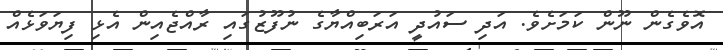
އޮވެގެން ނޫން ކަމަށެވެ. އަދި ސައުދީ އަރަބިއްޔާގެ ނުފޫޒުގައި ރާއްޖެއިން އެޅި ފިޔަވަޅެއް